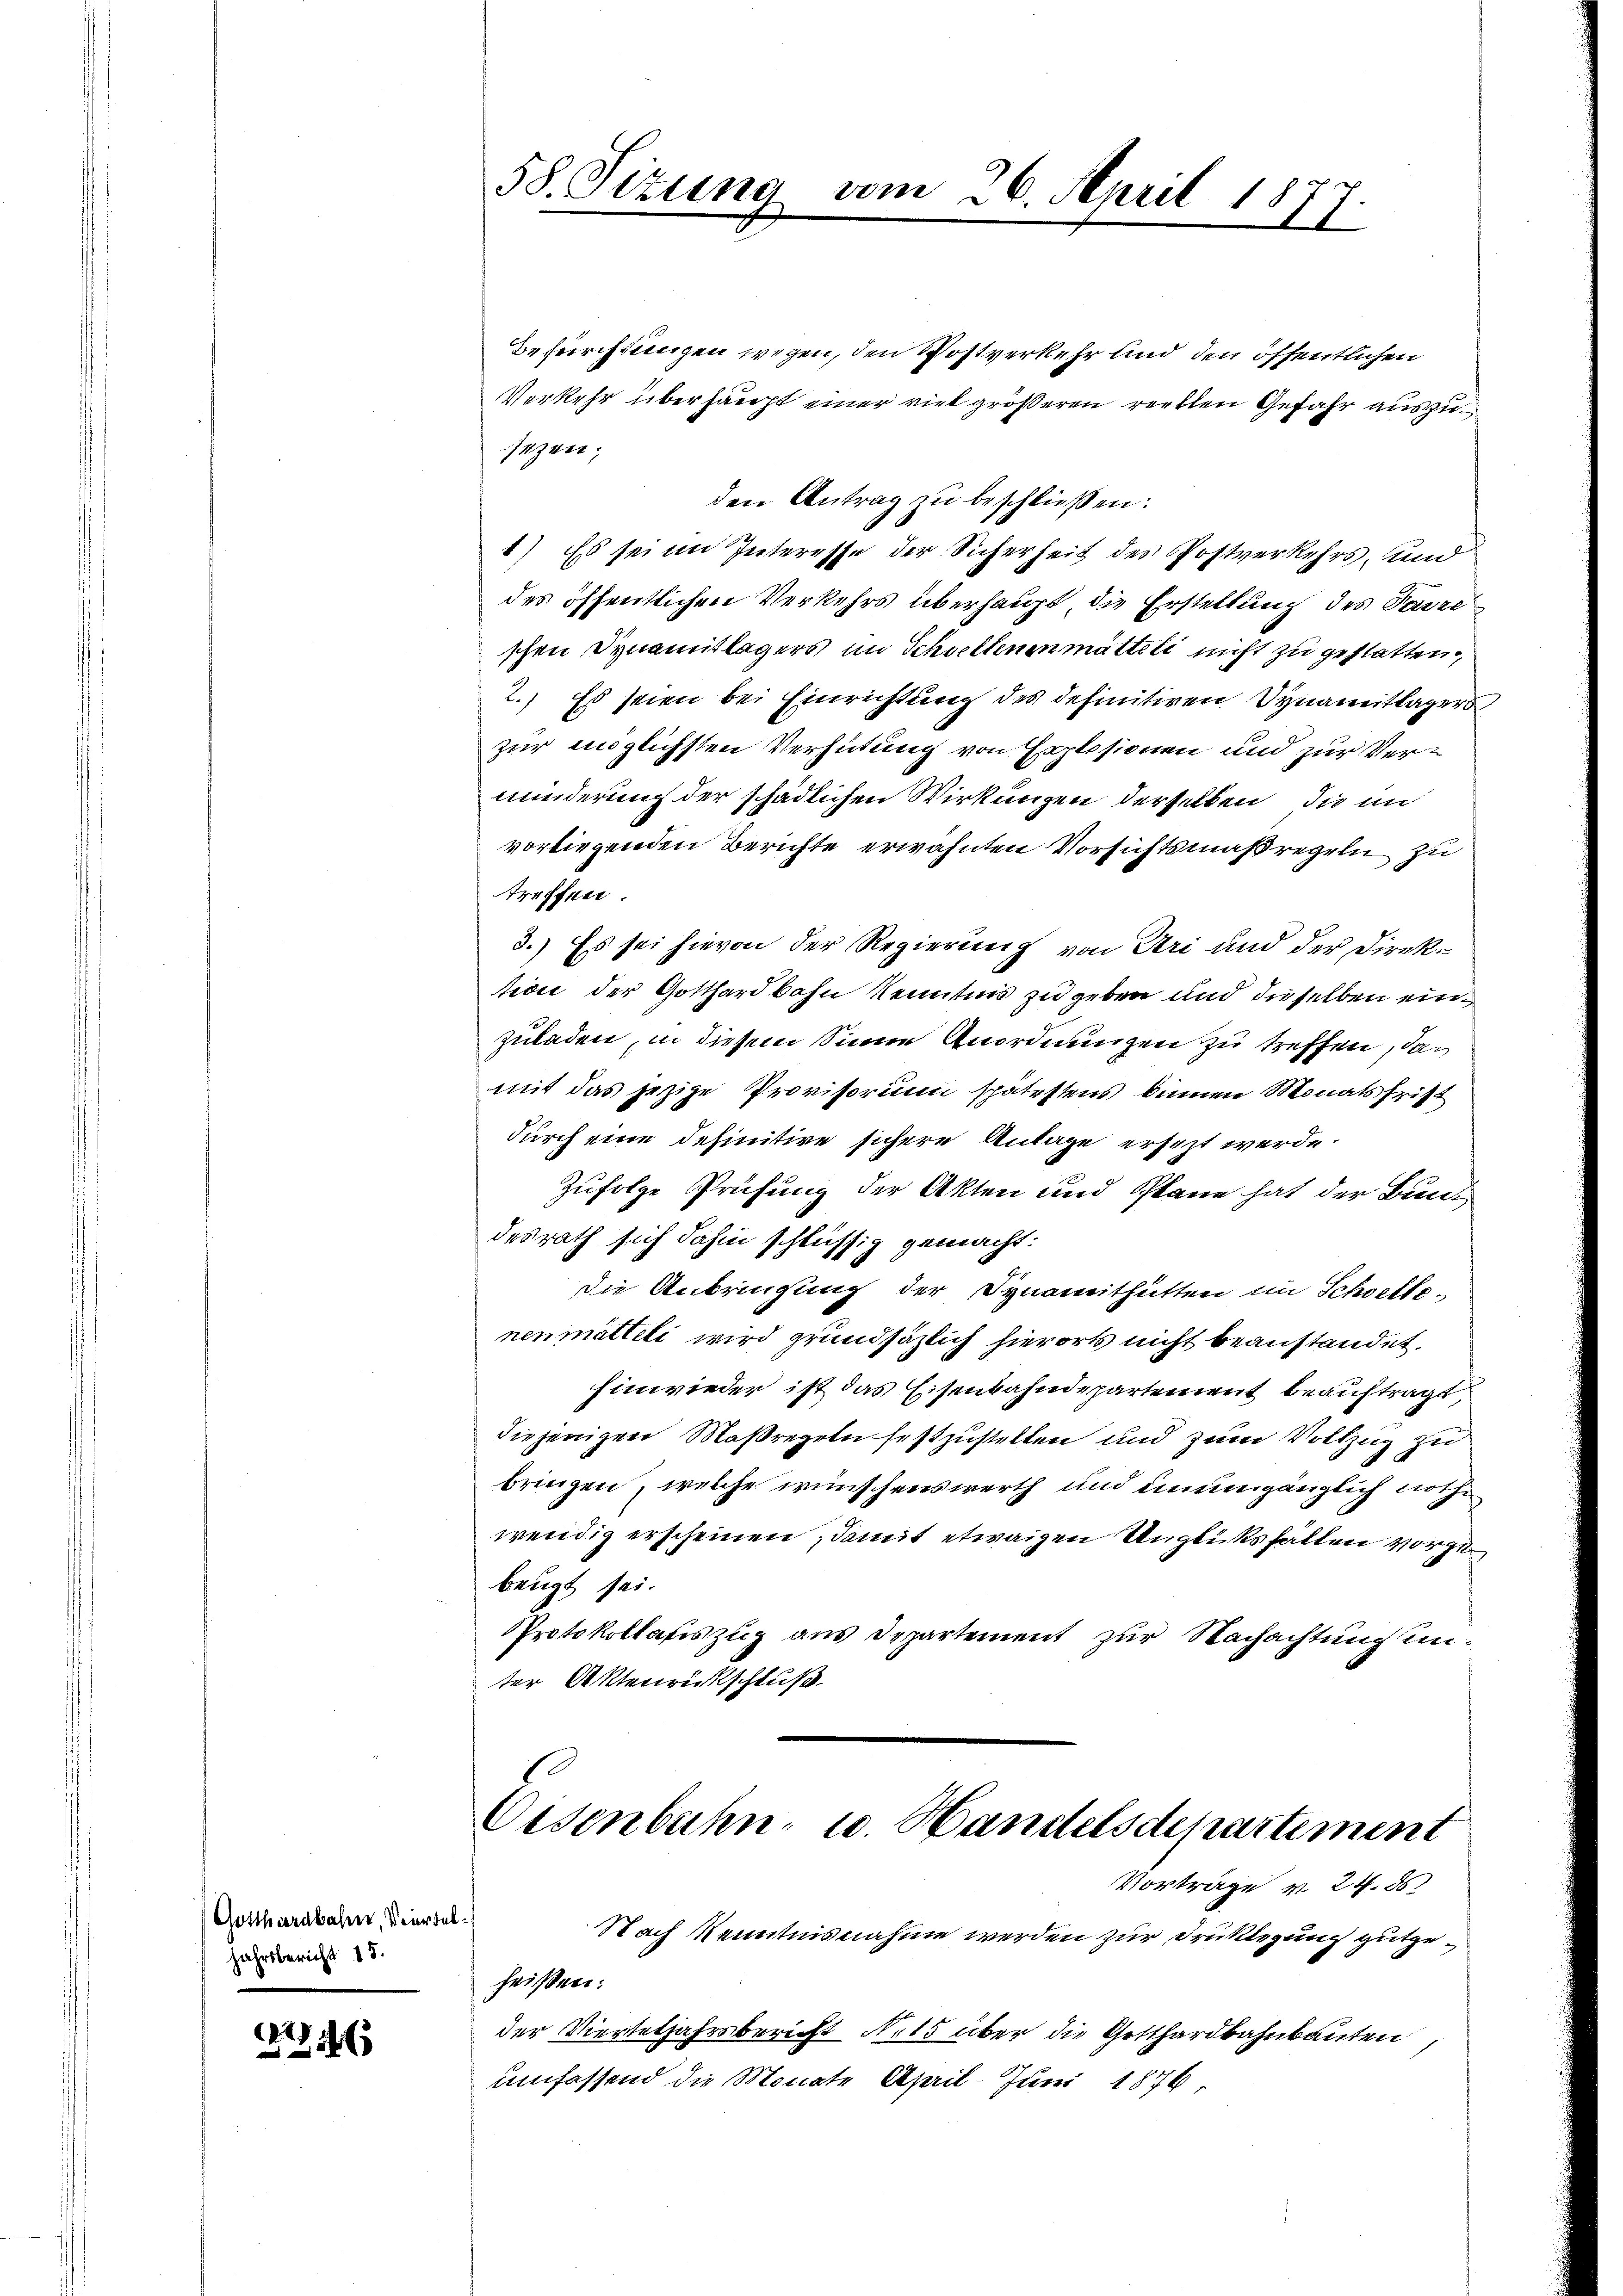
Gotthardbahn, Vierteljahrsbericht 15.

1774

Befürchtungen wegen, den Postverkehr und den öffentlichen
Verkehr überhaupt einer riet größeren reellen Gefahr auszusezen,
den Antrag zu beschließen:
1) Es sei im Interesse der Sicherheit des Postverkehrs, und
des öffentlichen Verkehrs überhaupt, die Erstellung des Favre
schen Dynamitlägers im Schwellenenmatteli nicht zu gestatten,
2.) Es seien bei Einrichtung des definitiven Synamitlagers
zur möglichsten Verhütung von Explosionen und zur Verminderung der schädlichen Wirkungen derselben die in
vorliegenden Berichte erwähnten Vorsichtsmaßregeln zu
treffen.
3.) Es sei hievon der Regierung von Uri und der Direktidee der Gotthardbahn Kenntnis zu geben und dieselben ein
zuladen, in diesem Sinne Anordnungen zu treffen, das
mit das jezige Provisorium spätestens binnen Monatsfrist
durch eine definitive sichere Antage ersezt werde.
Zufolge Prüfung der Akten und Plane hat der Bundesrath sich dahin schlüssig gemacht:
die Anbringung der Synamithütten im Schwelle-
nenmatteli wird grundsätzlich hierorts nicht beanstandet.
Einwieder ist das Eisenbahndepartement beauftragt
diejenigen Maßregeln festzustellen und zum Vollzug zu
bringen, welche wünschenswerth und unumgänglich nothwendig erscheinen, damit etwaigen Unglüksfällen vorzu
beugt sei.
Protokollafiszug aus Departement zur Nachachtung unter Aktenrückschluß

58. Sizung vom 26. April 18
.

Eisenbahn u. Handelschpartement
Vorträge v. 24. ds.
Nach Kenntnisnahme werden zur Druklegung gutgeheißen:

der Vierteljahrsbericht Orts über die Gotthardbahnbauten,
umfassend die Monate April Juni 1876,